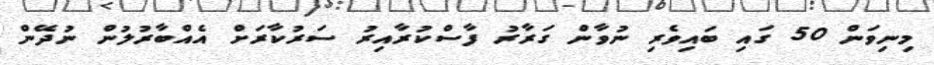
މިނިވަން 50 ގައި ބައިވެރި ނުވާން ގަރާރު ފާސްކުރާއިރު ސަރުކާރަށް އެއްބާރުލުން ނުދޭން